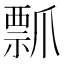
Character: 𭶶